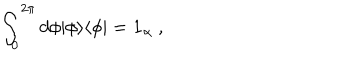
LaTeX: \int _ { 0 } ^ { 2 \pi } d \phi \vert \phi \rangle \langle \phi \vert = { \bf 1 } _ { \alpha } \ ,